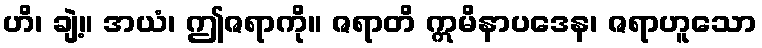
ဟိ၊ ချဲ့။ အယံ၊ ဤဇရာကို။ ဇရာတိ ဣမိနာပဒေန၊ ဇရာဟူသော